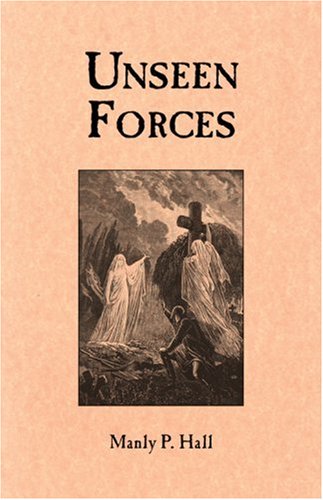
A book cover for Unseen Forces; Manly P. Hall; Religion & Spirituality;